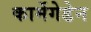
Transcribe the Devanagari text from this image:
कार्मेगेडेन